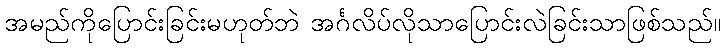
အမည်ကိုပြောင်းခြင်းမဟုတ်ဘဲ အင်္ဂလိပ်လိုသာပြောင်းလဲခြင်းသာဖြစ်သည်။